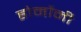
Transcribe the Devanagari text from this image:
होर्मोनी